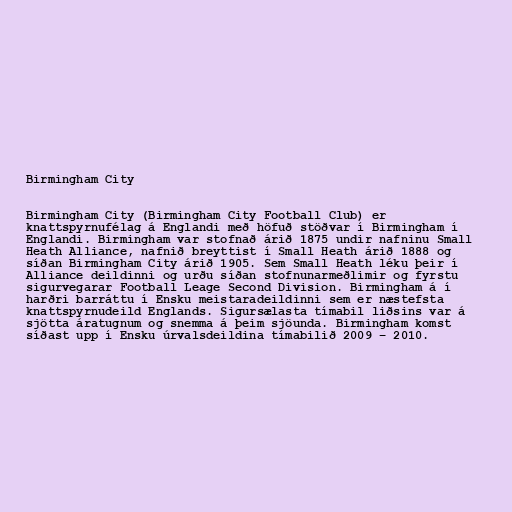
Birmingham City

Birmingham City (Birmingham City Football Club) er
knattspyrnufélag á Englandi með höfuð stöðvar í Birmingham í
Englandi. Birmingham var stofnað árið 1875 undir nafninu Small
Heath Alliance, nafnið breyttist í Small Heath árið 1888 og
síðan Birmingham City árið 1905. Sem Small Heath léku þeir í
Alliance deildinni og urðu síðan stofnunarmeðlimir og fyrstu
sigurvegarar Football Leage Second Division. Birmingham á í
harðri barráttu í Ensku meistaradeildinni sem er næstefsta
knattspyrnudeild Englands. Sigursælasta tímabil liðsins var á
sjötta áratugnum og snemma á þeim sjöunda. Birmingham komst
síðast upp í Ensku úrvalsdeildina tímabilið 2009 – 2010.